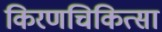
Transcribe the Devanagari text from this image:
किरणचिकित्सा